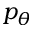
p _ { \theta }